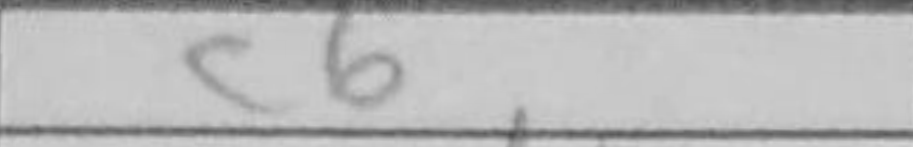
Transcription: c6